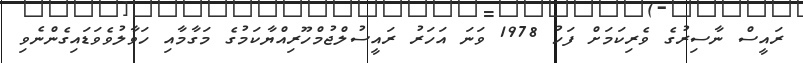
ރައީސް ނާސިރުގެ ވެރިކަމަށް ފަހު 1978 ވަނަ އަހަރު ރައީސުލްޖުމްހޫރިއްޔާކަމުގެ މަގާމާއި ހަވާލުވެވަޑައިގެންނެވި